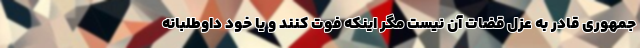
جمهوری قادر به عزل قضات آن نیست مگر اینکه فوت کنند و یا خود داوطلبانه